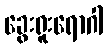
ခွေးရူးရောဂါ